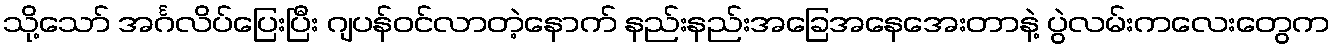
သို့သော် အင်္ဂလိပ်ပြေးပြီး ဂျပန်ဝင်လာတဲ့နောက် နည်းနည်းအခြေအနေအေးတာနဲ့ ပွဲလမ်းကလေးတွေက